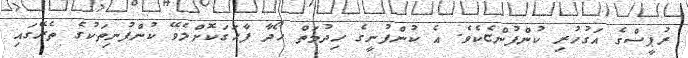
ރުޕީސްގެ އަގުހުރި ކުންފުންޏެކެވެ. އެ ކުންފުނީގެ ހިދުމަތް ހޯދާ ފާހަގަކޮށްލެވޭ ކުންފުނިތަކުގެ ތެރޭގައި